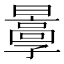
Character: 𡦬